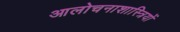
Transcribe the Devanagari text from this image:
आलोचनाशास्त्रियों